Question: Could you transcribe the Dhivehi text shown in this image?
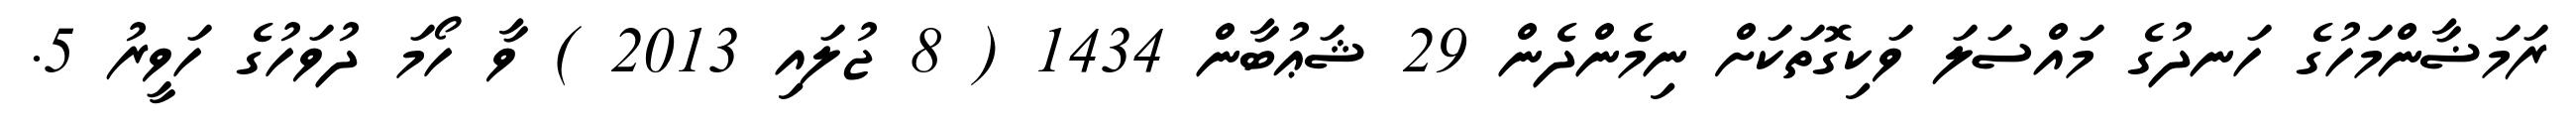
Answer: ރަމަޟާންމަހުގެ ހަނދުގެ މައްސަލަ ވަކިގޮތަކަށް ނިމެންދެން 29 ޝަޢުބާން 1434 ( 8 ޖުލައި 2013 ) ވާ ހޯމަ ދުވަހުގެ ހަވީރު 5.